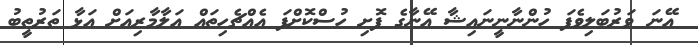
އޭނަ ވަރުބަލިވެފަ ހުންނާނީނައިޝާ އޭނާގެ ފޮށި ހުސްކޮށްފަ އެއްޗެހިތައް އަލާމާރިއަށް އަޅާ ތަރުތީބު